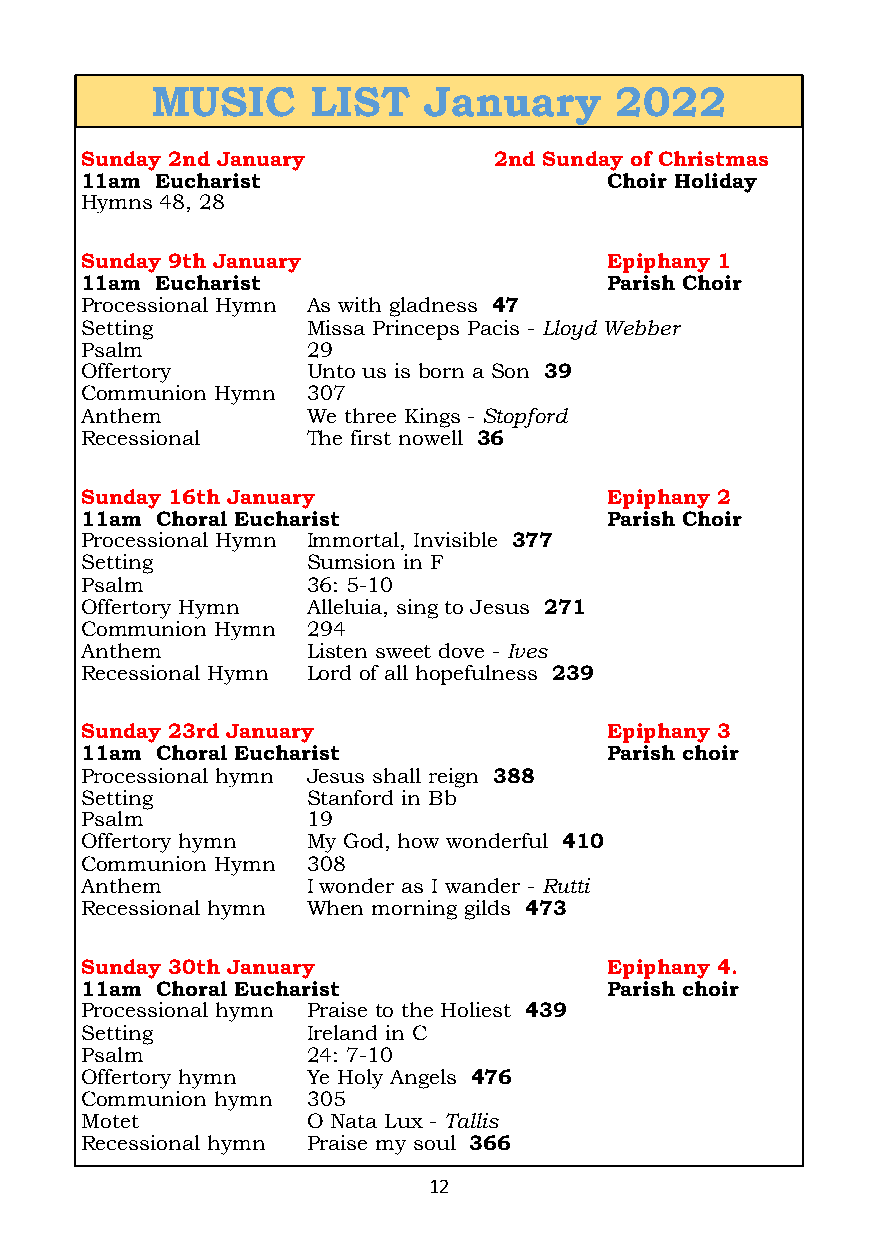
MUSIC      LIST   January      2022
 Sunday 2nd January          2nd Sunday of Christmas
 11am Eucharist                     Choir Holiday
 Hymns 48, 28
 Sunday 9th January                 Epiphany 1
 11am Eucharist                     Parish Choir
 Processional Hymn As with gladness 47
 Setting        Missa Princeps Pacis - Lloyd Webber
 Psalm          29
 Offertory      Unto us is born a Son 39
 Communion Hymn 307
 Anthem         We three Kings - Stopford
 Recessional    The first nowell 36
 Sunday 16th January                Epiphany 2
 11am Choral Eucharist              Parish Choir
 Processional Hymn Immortal, Invisible 377
 Setting        Sumsion in F
 Psalm          36: 5-10
 Offertory Hymn Alleluia, sing to Jesus 271
 Communion Hymn 294
 Anthem         Listen sweet dove - Ives
 Recessional Hymn Lord of all hopefulness 239
 Sunday 23rd January                Epiphany 3
 11am Choral Eucharist              Parish choir
 Processional hymn Jesus shall reign 388
 Setting        Stanford in Bb
 Psalm          19
 Offertory hymn My God, how wonderful 410
 Communion Hymn 308
 Anthem         I wonder as I wander - Rutti
 Recessional hymn When morning gilds 473
 Sunday 30th January                Epiphany 4.
 11am Choral Eucharist              Parish choir
 Processional hymn Praise to the Holiest 439
 Setting        Ireland in C
 Psalm          24: 7-10
 Offertory hymn Ye Holy Angels 476
 Communion hymn 305
 Motet          O Nata Lux - Tallis
 Recessional hymn Praise my soul 366
 12